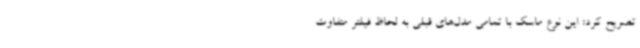
تصریح کرد: این نوع ماسک با تمامی مدل‌های قبلی به لحاظ فیلتر متفاوت